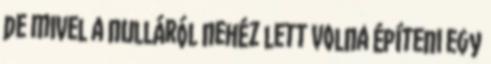
de mivel a nulláról nehéz lett volna építeni egy